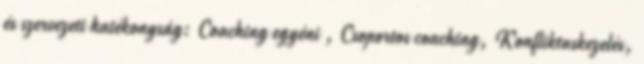
és szervezeti hatékonyság: Coaching egyéni , Csoportos coaching, Konfliktuskezelés,